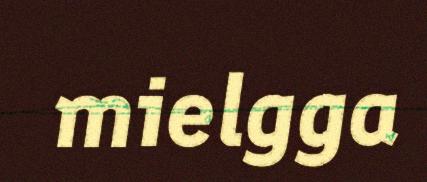
mielgga